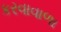
કરવાવાળા